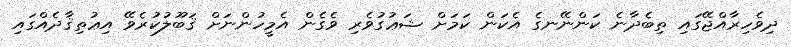
ދިވެހިރާއްޖޭގައި ތިބެދާނެ ކަންނޭނގެ އެކަން ކަމަށް ޝަޢުގުވެރި ވެގެން އެމީހުންނަށް ޤަބޫލުކުރެވޭ އިޢުތިޤާދެއްގައި